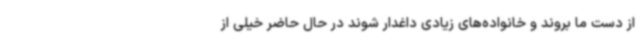
از دست ما بروند و خانواده‌های زیادی داغدار شوند در حال حاضر خیلی از